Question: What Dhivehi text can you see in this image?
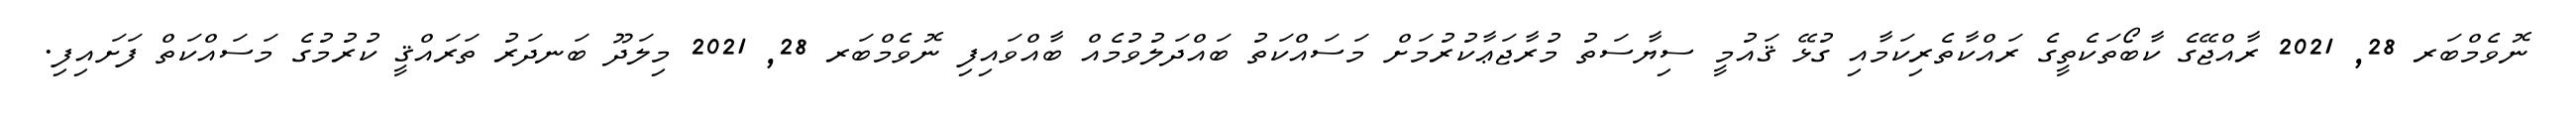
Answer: ނޮވެމްބަރ 28, 2021 ރާއްޖޭގެ ކާބޯތަކެތީގެ ރައްކާތެރިކަމާއި ގުޅޭ ޤައުމީ ސިޔާސަތު މުރާޖަޢާކުރުމަށް މަސައްކަތު ބައްދަލުވުމެއް ބާއްވައިފި ނޮވެމްބަރ 28, 2021 މިލަދޫ ބަނދަރު ތަރައްޤީ ކުރުމުގެ މަސައްކަތް ފަށައިފި.